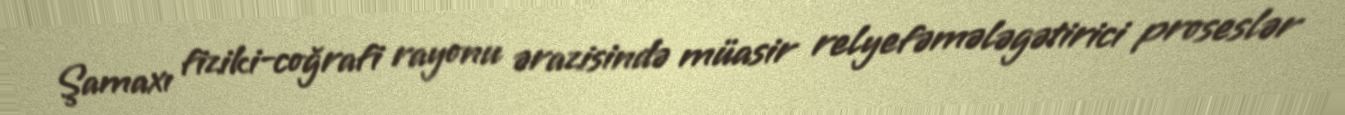
Şamaxı fiziki-coğrafi rayonu ərazisində müasir relyefəmələgətirici proseslər